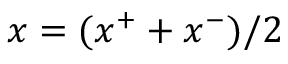
x = ( x ^ { + } + x ^ { - } ) / 2